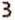
3